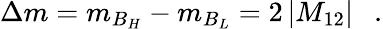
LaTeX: \Delta m=m_{B_{H}}-m_{B_{L}}=2\left|M_{12}\right|~~~.